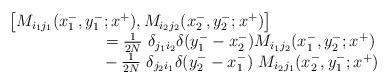
LaTeX: \begin{align*}\begin{array}{l}\left[ M_{i_1j_1} (x^-_1,y^-_1;x^+), M_{i_2j_2}(x^-_2,y^-_2;x^+)\right] \\{}~~~~~~~~~~~~~~~~~={1 \over 2N}~\delta_{j_1i_2} \delta (y^-_1 -x^-_2)M_{i_1j_2} (x^-_1,y^-_2;x^+) \\{}~~~~~~~~~~~~~~~~~- {1 \over 2N}~\delta_{j_2i_1}\delta (y^-_2 - x^-_1)~M_{i_2j_1} (x^-_2,y^-_1;x^+)\end{array}\end{align*}